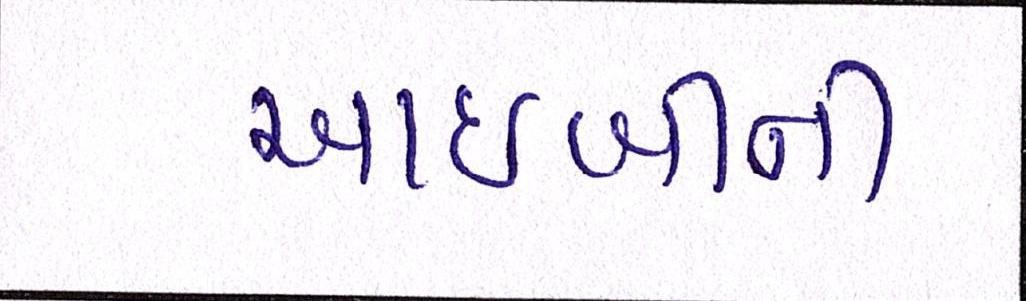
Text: આઈબીની